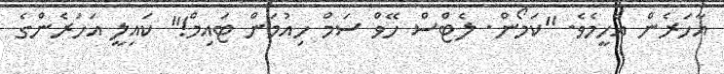
އާހަރެން އެހީމެވެ. "ކަމޯން. ލެޓްސް ހޭވް ސަމް ހިއުމަން ޓައިމް!" ކައިލީ އަހަރެންގެ